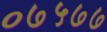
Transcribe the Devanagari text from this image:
०७५७७